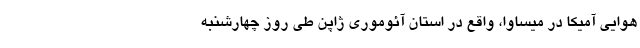
هوایی آمیکا در میساوا، واقع در استان آئوموری ژاپن طی روز چهارشنبه